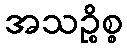
အသဉ္စိစ္စ